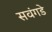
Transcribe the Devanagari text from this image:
सवंगडे